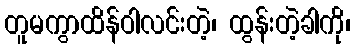
တူမကွာထိန်ဝါလင်းတဲ့၊ ထွန်းတဲ့ခါကို၊